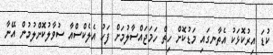
ކުޑަ އިރުކޮޅަކު އެތާނގައި މަޑުކޮށް ހިތް ހަމަޖައްސާލުމަށް ފަހު އެލެކްސްއާ ސުވާލުކޮށްލުމުން އޭނާ